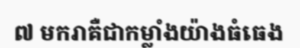
៧ មករាគឺជាកម្លាំងយ៉ាងធំធេង